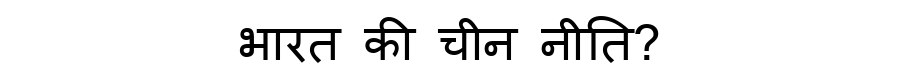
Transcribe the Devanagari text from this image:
भारत की चीन नीति?